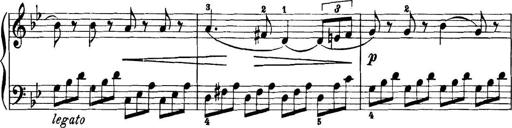
Title: 11 Sonatinas
Composer: Anton Diabelli